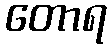
တောရ